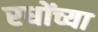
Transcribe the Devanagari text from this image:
रधोंच्या